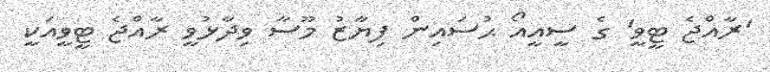
'ރާއްޖެ ޓީވީ' ގެ ސީއީއޯ ޙުސައިން ފިޔާޒު މޫސާ ވިދާޅުވީ ރާއްޖެ ޓީވީއަކީ